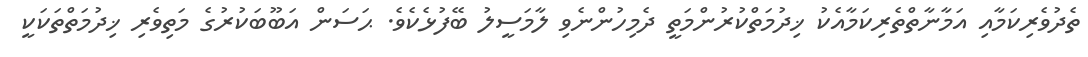
ތެދުވެރިކަމާއި އަމާނާތްތެރިކަމާއެކު ޚިދުމަތްކުރުންމަތީ ދެމިހުންނެވި ލާމަސީލު ބޭފުޅެކެވެ. ޙަސަން އަބޫބަކުރުުގެ މަތިވެރި ޚިދުމަތްތަކަކީ